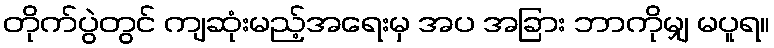
တိုက်ပွဲတွင် ကျဆုံးမည့်အရေးမှ အပ အခြား ဘာကိုမျှ မပူရ။